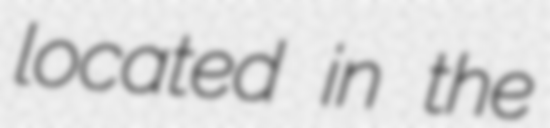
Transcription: located in the